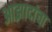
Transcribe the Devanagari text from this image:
आझादांचा